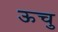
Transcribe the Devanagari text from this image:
ऊचु